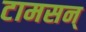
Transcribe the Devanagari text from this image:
टामसन्